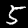
Digit: 5